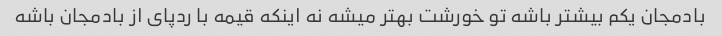
بادمجان یکم بیشتر باشه تو خورشت بهتر میشه نه اینکه قیمه با ردپای از بادمجان باشه